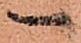
一